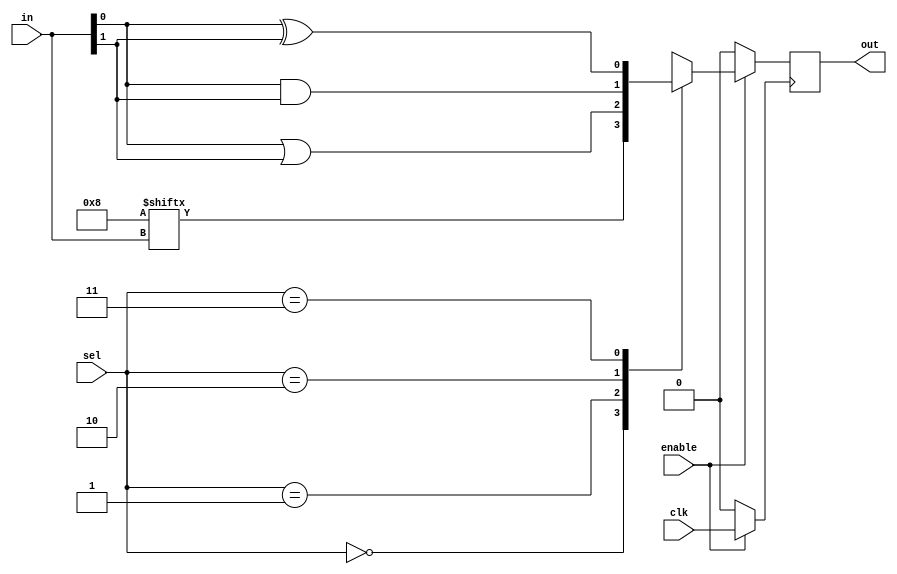
module combinational_logic_block (
    input wire [1:0] in,                // 2-bit input lines
    input wire [1:0] sel,               // Select lines for multiplexer
    input wire enable,                   // Enable control signal
    input wire clk,                      // Clock signal for power gating
    output reg out                       // Output line
);

// LUT implementation
reg [3:0] lut; // 4 entries for 2-input LUT (00, 01, 10, 11)

// Initialize LUT contents (example: AND function)
initial begin
    lut[0] = 0; // LUT[0] : f(0,0) = 0
    lut[1] = 0; // LUT[1] : f(0,1) = 0
    lut[2] = 0; // LUT[2] : f(1,0) = 0
    lut[3] = 1; // LUT[3] : f(1,1) = 1
end

// Power management: Clock gating
wire gated_clk = enable ? clk : 1'b0;

always @(posedge gated_clk) begin
    if (enable) begin
        // Select output based on SEL lines or LUT for simplicity
        case (sel)
            2'b00: out <= lut[in];
            2'b01: out <= in[0] | in[1];  // Example: OR function
            2'b10: out <= in[0] & in[1];  // Example: AND function
            2'b11: out <= in[0] ^ in[1];  // Example: XOR function
            default: out <= 1'b0;
        endcase
    end else begin
        out <= 1'b0; // Disable output when not enabled
    end
end

endmodule